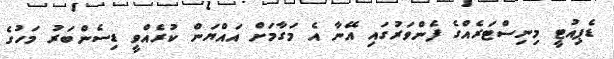
ޑެޕިއުޓީ މިނިސްޓަރެއްގެ ފެންވަރުގައި އޭނާ އެ މަގާމަށް އައްޔަން ކުރެއްވީ ޑިސެންބަރު މަހުގެ